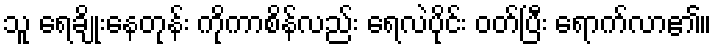
သူ ရေချိုးနေတုန်း ကိုကာစိန်လည်း ရေလဲပိုင်း ဝတ်ပြီး ရောက်လာ၏။